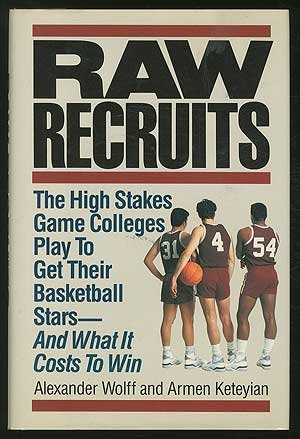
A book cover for Raw Recruits; Alexander Wolff; Sports & Outdoors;